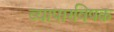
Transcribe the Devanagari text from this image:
व्यापारविषक